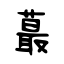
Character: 蕞